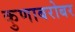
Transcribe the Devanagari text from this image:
कुणाबरोबर